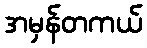
အမှန်တကယ်